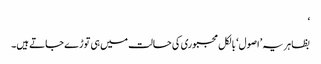
‘
بظاہر یہ ’اصول‘ بالکل مجبوری کی حالت میں ہی توڑے جاتے ہیں۔